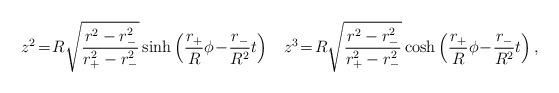
\begin{align*}z^{2}\!=\!R\sqrt{\frac{r^{2}-r_{-}^{2}}{r^{2}_{+}-r^{2}_{-}}}\sinh \left( \frac{r_{+}}{R}\phi\!-\!\frac{r_{-}}{R^2}t \right)\;\;\;z^{3}\!=\!R\sqrt{\frac{r^{2}-r_{-}^{2}}{r^{2}_{+}-r^{2}_{-}}}\cosh \left( \frac{r_{+}}{R}\phi\!-\!\frac{r_{-}}{R^2}t \right) ,\end{align*}